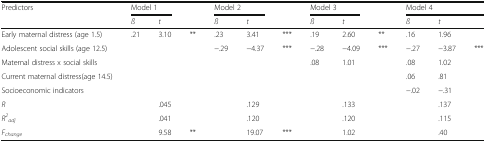
<table><thead><tr><td><b>Predictors</b></td><td colspan="2"><b>Model 1</b></td><td></td><td colspan="2"><b>Model 2</b></td><td></td><td colspan="2"><b>Model 3</b></td><td></td><td colspan="3"><b>Model 4</b></td></tr><tr><td></td><td><b><i>ß</i></b></td><td><b><i>t</i></b></td><td></td><td><b><i>ß</i></b></td><td><b><i>t</i></b></td><td></td><td><b><i>ß</i></b></td><td><b><i>t</i></b></td><td></td><td><b><i>ß</i></b></td><td><b><i>t</i></b></td><td></td></tr></thead><tbody><tr><td>Early maternal distress (age 1.5)</td><td>.21</td><td>3.10</td><td>**</td><td>.23</td><td>3.41</td><td>***</td><td>.19</td><td>2.60</td><td>**</td><td>.16</td><td>1.96</td><td></td></tr><tr><td>Adolescent social skills (age 12.5)</td><td></td><td></td><td></td><td>−.29</td><td>−4.37</td><td>***</td><td>−.28</td><td>−4.09</td><td>***</td><td>−.27</td><td>−3.87</td><td>***</td></tr><tr><td>Maternal distress x social skills</td><td></td><td></td><td></td><td></td><td></td><td></td><td>.08</td><td>1.01</td><td></td><td>.08</td><td>1.02</td><td></td></tr><tr><td>Current maternal distress(age 14.5)</td><td></td><td></td><td></td><td></td><td></td><td></td><td></td><td></td><td></td><td>.06</td><td>.81</td><td></td></tr><tr><td>Socioeconomic indicators</td><td></td><td></td><td></td><td></td><td></td><td></td><td></td><td></td><td></td><td>−.02</td><td>−.31</td><td></td></tr><tr><td><i>R</i></td><td></td><td>.045</td><td></td><td></td><td>.129</td><td></td><td></td><td>.133</td><td></td><td></td><td>.137</td><td></td></tr><tr><td><i>R</i><sup><i>2</i></sup><sub><i>adj</i></sub></td><td></td><td>.041</td><td></td><td></td><td>.120</td><td></td><td></td><td>.120</td><td></td><td></td><td>.115</td><td></td></tr><tr><td><i>F</i><sub><i>change</i></sub></td><td></td><td>9.58</td><td>**</td><td></td><td>19.07</td><td>***</td><td></td><td>1.02</td><td></td><td></td><td>.40</td><td></td></tr></tbody></table>